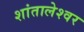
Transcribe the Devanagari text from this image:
शांतालेश्वर